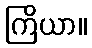
ကြိယာ။